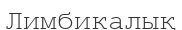
Лимбикалық